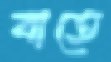
বাতে